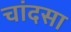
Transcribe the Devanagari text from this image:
चांदसा